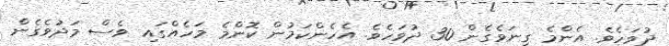
ދުވަހެވެ. އެންމެ ގިނަވެގެން 30 ދުވަހެވެ. އެހެންކަމުން ކޮންމެ މަހެއްގައި ވެސް މަދުވެގެން